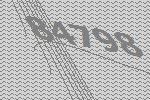
84798